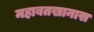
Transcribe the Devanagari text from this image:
महाबतखानास